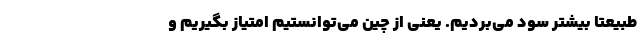
طبیعتا بیشتر سود می‌بردیم. یعنی از چین می‌توانستیم امتیاز بگیریم و